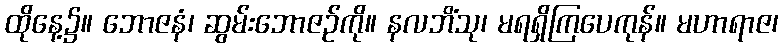
ထိုနေ့၌။ ဘောဇနံ၊ ဆွမ်းဘောဇဉ်ကို။ နလဘိံသု၊ မရရှိကြပေကုန်။ မဟာရာဇ၊